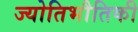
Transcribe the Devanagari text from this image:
ज्योतिभौतिकी